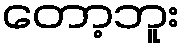
တော့ဘူး